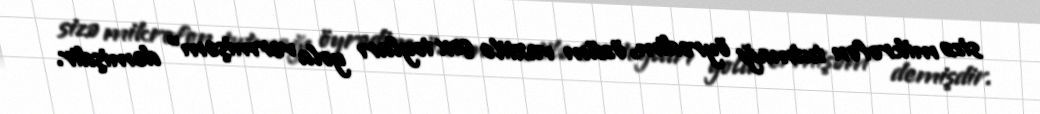
sizə mikrofon tutmağı öyrədim, özüm vaxtilə çox toyları yola vermişəm” demişdir.